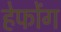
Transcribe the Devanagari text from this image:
हेफोंग